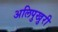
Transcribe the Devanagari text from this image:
अलिपुखुरी